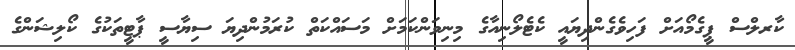
ކާރލްސް ޕީގެމޯއަށް ފަހިވެގެންދިޔައީ ކެޓެލޯނިއާގެ މިނިވަންކަމަށް މަސައްކަތް ކުރަމުންދިޔަ ސިޔާސީ ޕާޓީތަކުގެ ކޯލިޝަންގެ